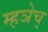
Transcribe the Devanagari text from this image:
म्हञेच्